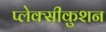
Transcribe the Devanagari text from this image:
प्लेक्सीकुशन